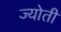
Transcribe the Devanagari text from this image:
ज्‍योती